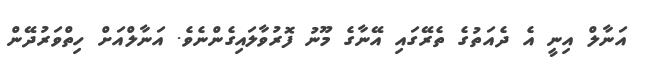
އަނާލް އިނީ އެ ދެއަތުގެ ތެރޭގައި އޭނާގެ މޫނު ފޮރުވާލައިގެންނެވެ. އަނާލްއަށް ހިތްވަރުދޭން